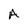
Character: A